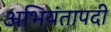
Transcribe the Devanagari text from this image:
अभियंतापदी